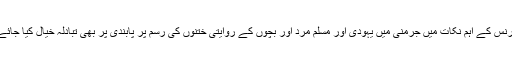
کانفرنس کے اہم نکات میں جرمنی میں یہودی اور مسلم مرد اور بچوں کے روایتی ختنوں کی رسم پر پابندی پر بھی تبادلہ خیال کیا جائے گا۔